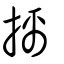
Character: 攡